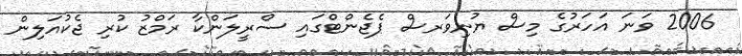
2006 ވަނަ އަހަރުގެ މިސް ޔުނިވަރސް ޕެޖެންޓްގައި ސްރީލަންކާ ރަމްޒު ކުރި ޖެކުއަލިން